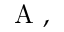
\textrm { A } ,